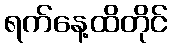
ရက်နေ့ထိတိုင်